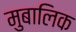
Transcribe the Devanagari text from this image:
मुबालिक